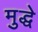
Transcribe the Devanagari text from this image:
मुद्धे